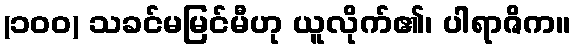
(၁၀၀) သခင်မမြင်မီဟု ယူလိုက်၏၊ ပါရာဇိက။